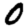
Digit: 0